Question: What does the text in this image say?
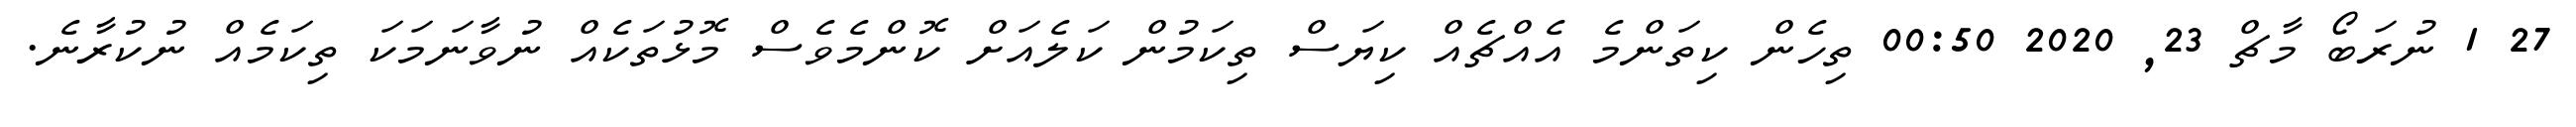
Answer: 27 1 ނުރަބޯ މާޗް 23, 2020 00:50 ތިހެން ކިތަންމެ އެއްޗެއް ކިޔަސް ތިކަމުން ކަލެއަށް ކޮންމެވެސް މޮޅުތަކެއް ނުވާނަމަކަ ތިކަމެއް ނުކުރާނެ.